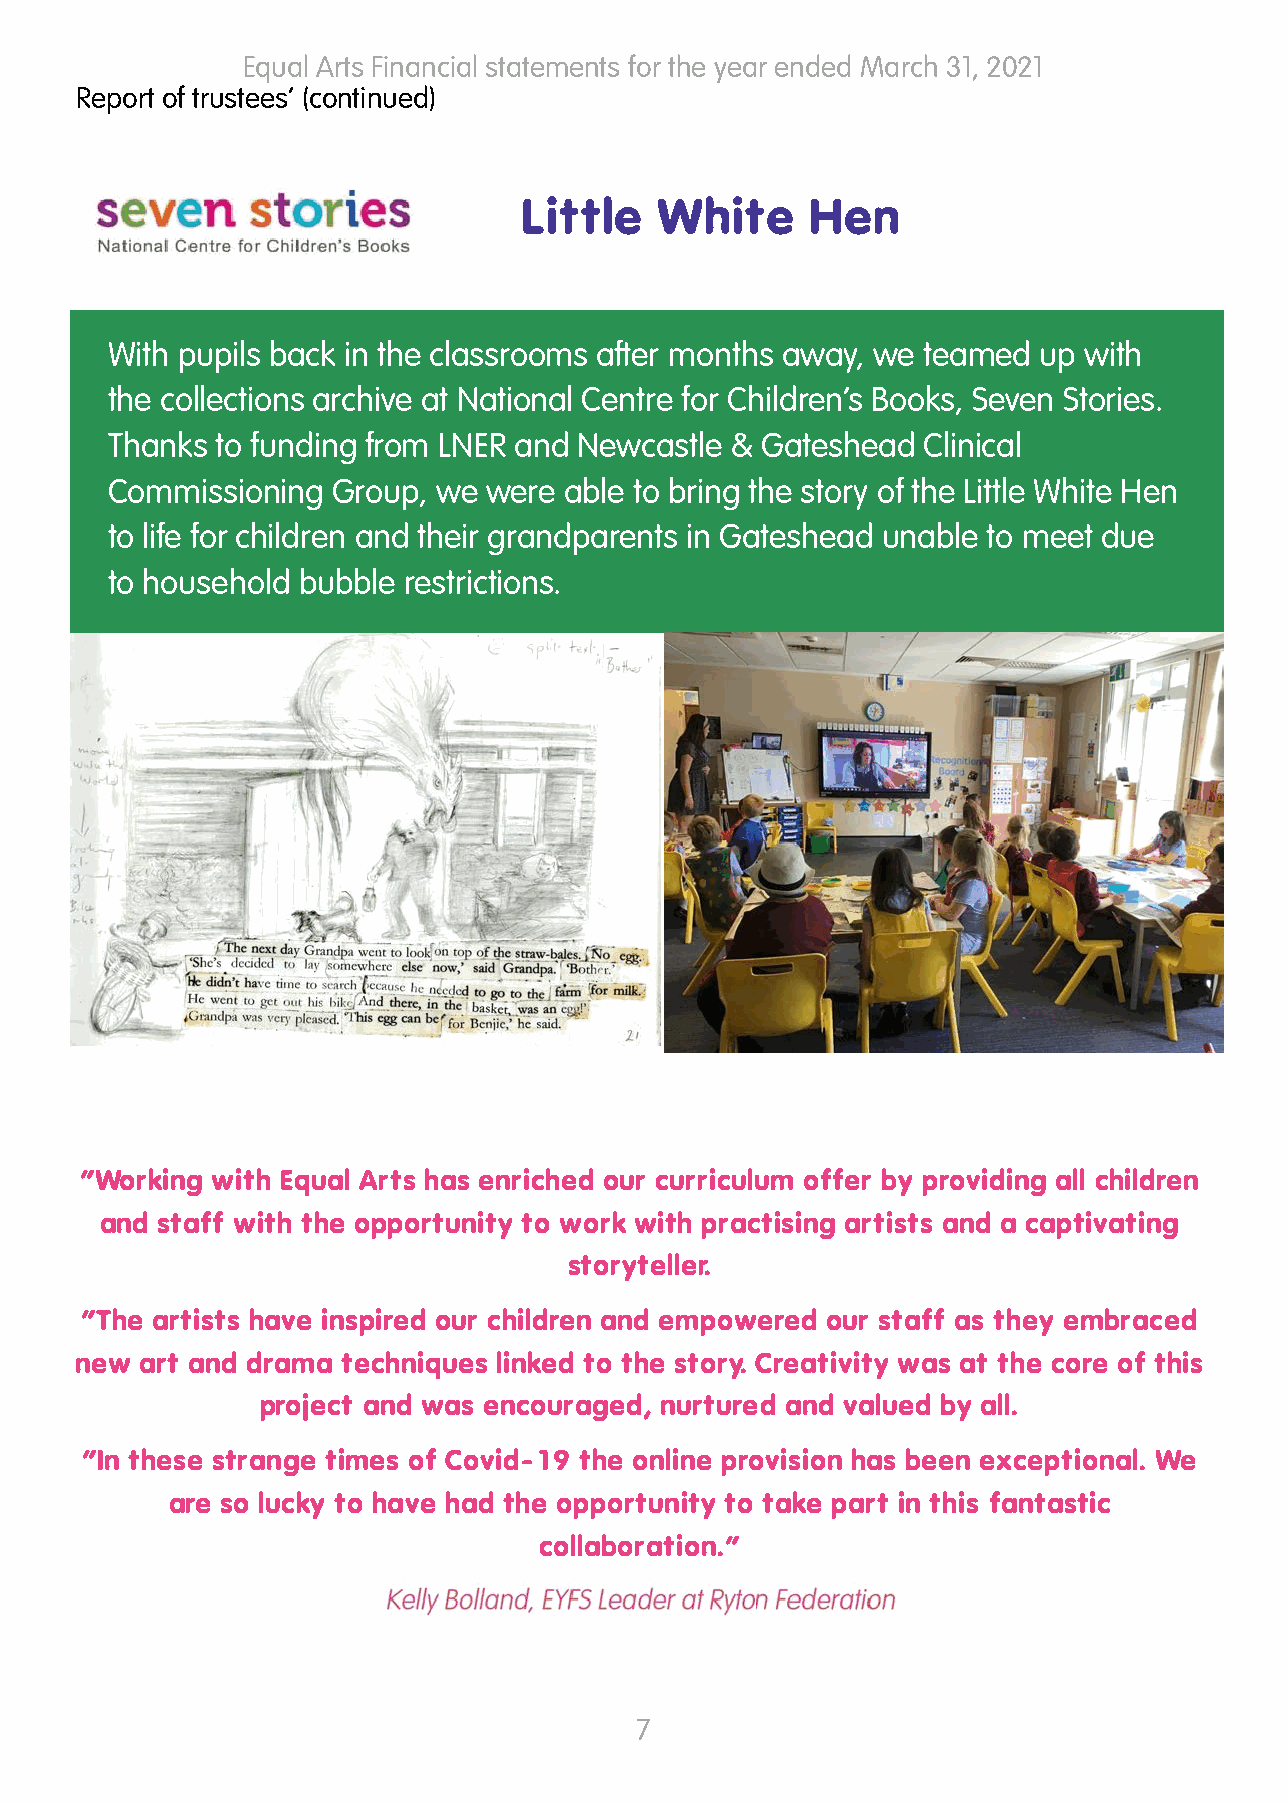
Equal Arts Financial statements for the year ended March 31, 2021
 Report of trustees’ (continued)
 Little  White      Hen
 With pupils back in the classrooms after months away, we teamed up with
 the collections archive at National Centre for Children’s Books, Seven Stories.
 Thanks to funding from LNER and Newcastle & Gateshead Clinical
 Commissioning  Group, we were able to bring the story of the Little White Hen
 to life for children and their grandparents in Gateshead unable to meet due
 to household bubble restrictions.
 “Working with Equal Arts has enriched our curriculum offer by providing all children
 and staff with the opportunity to work with practising artists and a captivating
 storyteller.
 “The artists have inspired our children and empowered our staff as they embraced
 new art and drama techniques linked to the story. Creativity was at the core of this
 project and was encouraged, nurtured and valued by all.
 “In these strange times of Covid-19 the online provision has been exceptional. We
 are so lucky to have had the opportunity to take part in this fantastic
 collaboration.”
 7